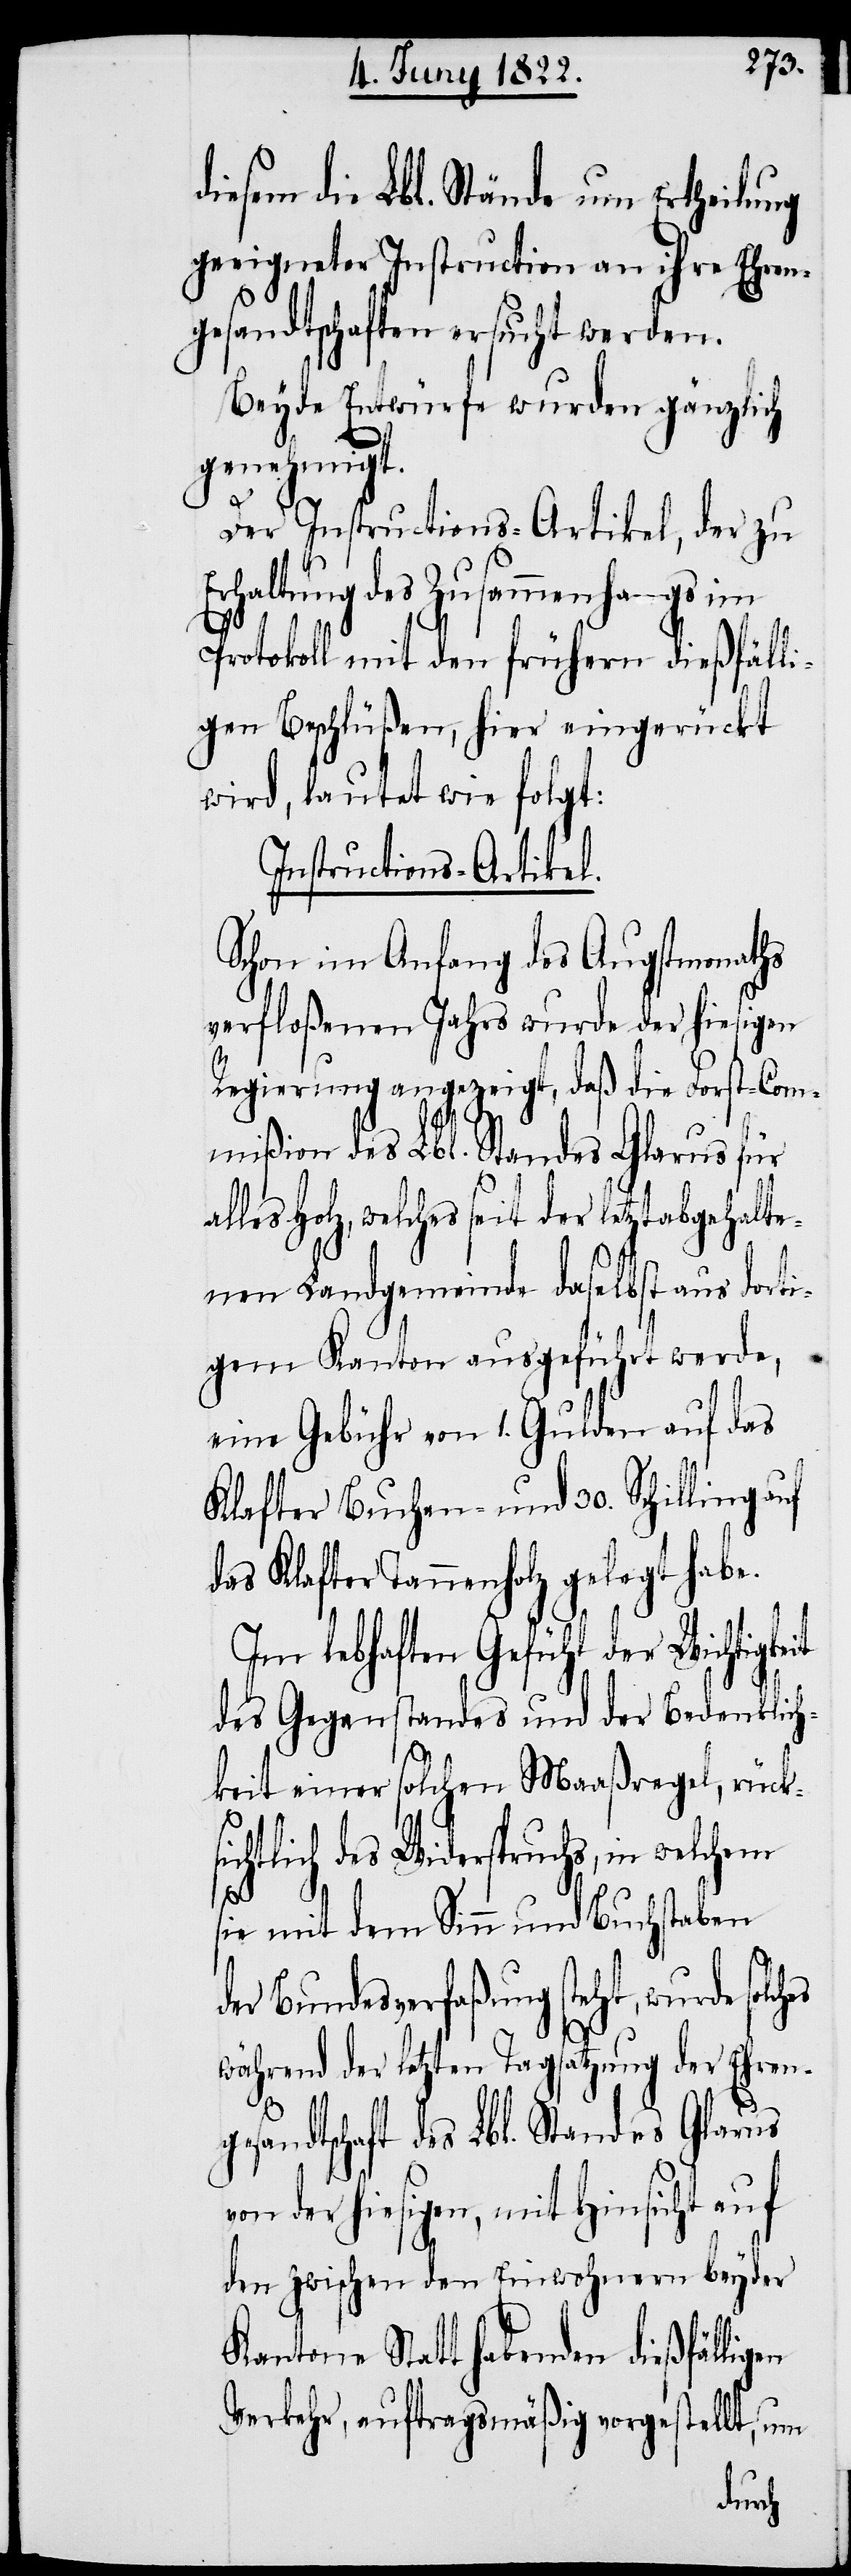
diesem die Lbl. Stände um Ertheilung
geeigneter Instruction an ihre Ehren¬
gesandtschaften ersucht werden.
Beyde Entwürfe wurden gänzlich
genehmigt.
Der Instructions-Artikel, der zu
Erhaltung des Zusammenhangs im
Protokoll mit den frühern diesfäll¬
igen Beschlüßen, hier eingerückt
wird, lautet wie folgt:
Instructions-Artikel.
Schon im Anfang des Augstmonaths
verfloßenen Jahrs wurde der hiesigen
Regierung angezeigt, daß die Forst-Com¬
mißion des Lbl. Standes Glarus für
les Holz, welches seit der letztabgehalte¬
nen Landgemeinde daselbst aus dort¬
igem Kanton ausgeführt werde,
eine Gebühr von 1 Gulden auf das
Klafter Buchen- und 30. Schilling auf
das Klafter Tannenholz gelegt habe.
Im lebhaften Gefühl der Wichtigk¬
des Gegenstandes und der Bedenklich¬
en
keit einer solchen Maaßregel, rück¬
chtlich des Widerspruchs, in welchem
al¬
sie mit dem Sinn und Buchstaben
der Bundesverfaßung steht, wurde
während der letzten Tagsatzung der Ehreng¬
esandtschaft des Lbl. Standes Glarus
von der hiesigen, mit Hinsicht auf
den zwischen den Einwohnern beyder
Kantone Statt habenden dießfällig¬
Verkehr, auftragsmäßig vorgestellt, um